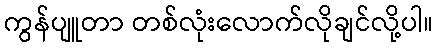
ကွန်ပျူတာ တစ်လုံးလောက်လိုချင်လို့ပါ။